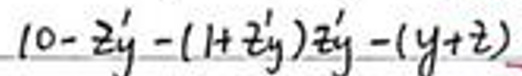
$1 0 - z _ { y } ^ { \prime } - ( 1 + z _ { y } ^ { \prime } ) z _ { y } ^ { \prime } - ( y + z )$